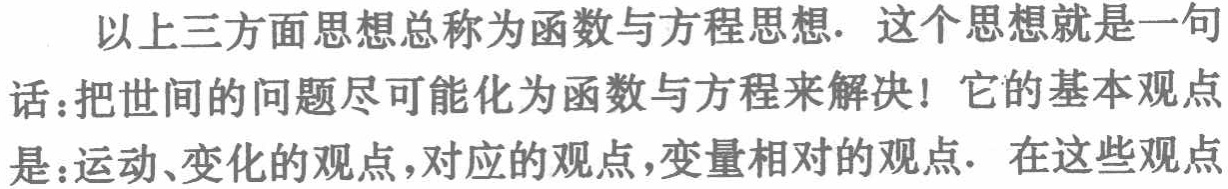
以上三方面思想总称为函数与方程思想. 这个思想就是一句话：把世间的问题尽可能化为函数与方程来解决! 它的基本观点是：运动、变化的观点, 对应的观点, 变量相对的观点.